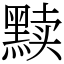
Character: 黩